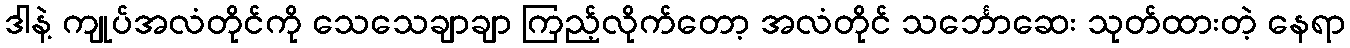
ဒါနဲ့ ကျုပ်အလံတိုင်ကို သေသေချာချာ ကြည့်လိုက်တော့ အလံတိုင် သင်္ဘောဆေး သုတ်ထားတဲ့ နေရာ